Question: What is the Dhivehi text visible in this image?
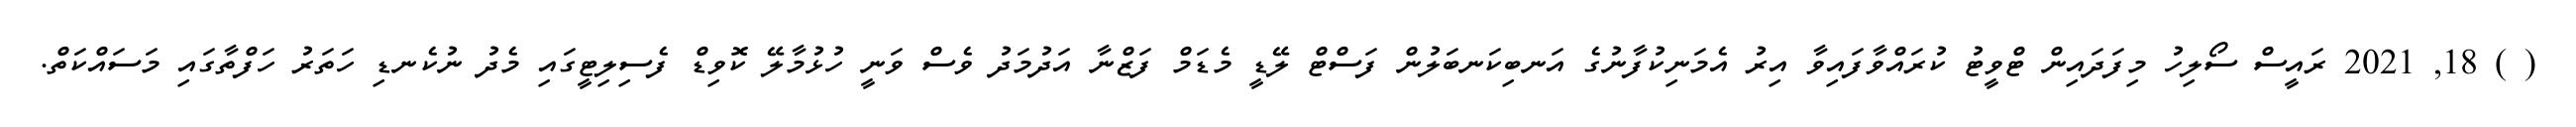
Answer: ( ) 18, 2021 ރައީސް ސޯލިހު މިފަދައިން ޓްވީޓު ކުރައްވާފައިވާ އިރު އެމަނިކުފާނުގެ އަނބިކަނބަލުން ފަސްޓް ލޭޑީ މެޑަމް ފަޒްނާ އަދުމަދު ވެސް ވަނީ ހުޅުމާލޭ ކޮވިޑް ފެސިލިޓީގައި މެދު ނުކެނޑި ހަތަރު ހަފްތާގައި މަސައްކަތް.